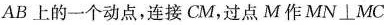
AB上的一个动点，连接CM，过点M作MN⊥MC